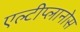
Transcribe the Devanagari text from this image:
एल्टीप्लानोस